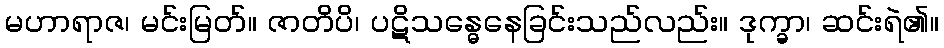
မဟာရာဇ၊ မင်းမြတ်။ ဇာတိပိ၊ ပဋိသန္ဓေနေခြင်းသည်လည်း။ ဒုက္ခာ၊ ဆင်းရဲ၏။